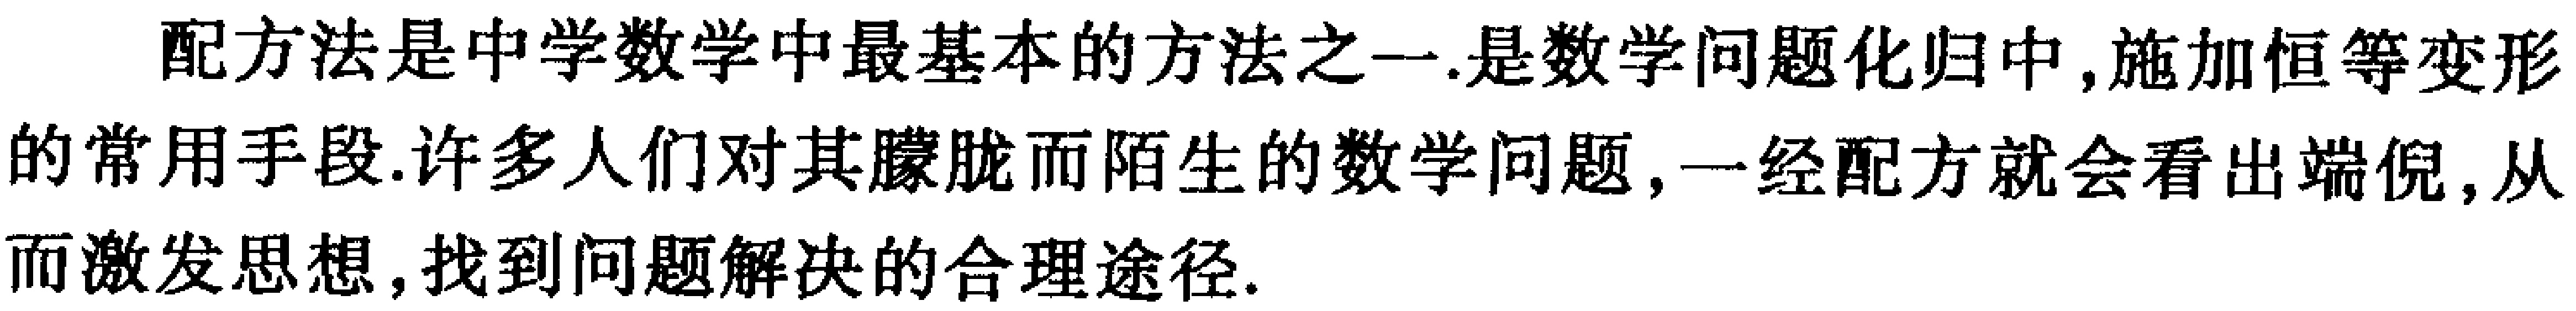
配方法是中学数学中最基本的方法之一.是数学问题化归中,施加恒等变形的常用手段.许多人们对其朦胧而陌生的数学问题,一经配方就会看出端倪,从而激发思想,找到问题解决的合理途径.